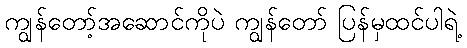
ကျွန်တော့်အဆောင်ကိုပဲ ကျွန်တော် ပြန်မှထင်ပါရဲ့